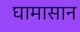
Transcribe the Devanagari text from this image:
घामासान